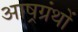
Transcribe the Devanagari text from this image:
आष्रग्रंथों